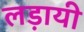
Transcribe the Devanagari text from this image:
लड़ायी